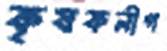
কৃষকলীগ